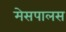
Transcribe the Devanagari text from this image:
मेसपालस